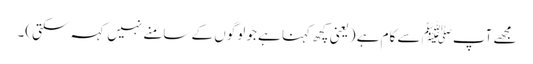
مجھے آپﷺ سے کام ہے (یعنی کچھ کہنا ہے جو لوگوں کے سامنے نہیں کہہ سکتی)۔